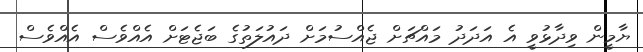
ޔާމީން ވިދާޅުވީ އެ އަދަދު މައްޗަށް ޖެއްސުމަށް ދައުލަތުގެ ބަޖެޓަށް އެއްވެސް އެއްވެސް